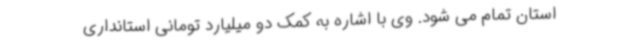
استان تمام می شود. وی با اشاره به کمک دو میلیارد تومانی استانداری